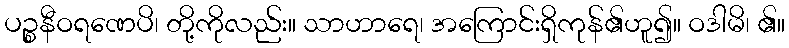
ပဉ္စနီဝရဏေပိ၊ တို့ကိုလည်း။ သာဟာရေ၊ အကြောင်းရှိကုန်၏ဟူ၍။ ဝဒါမိ၊ ၏။